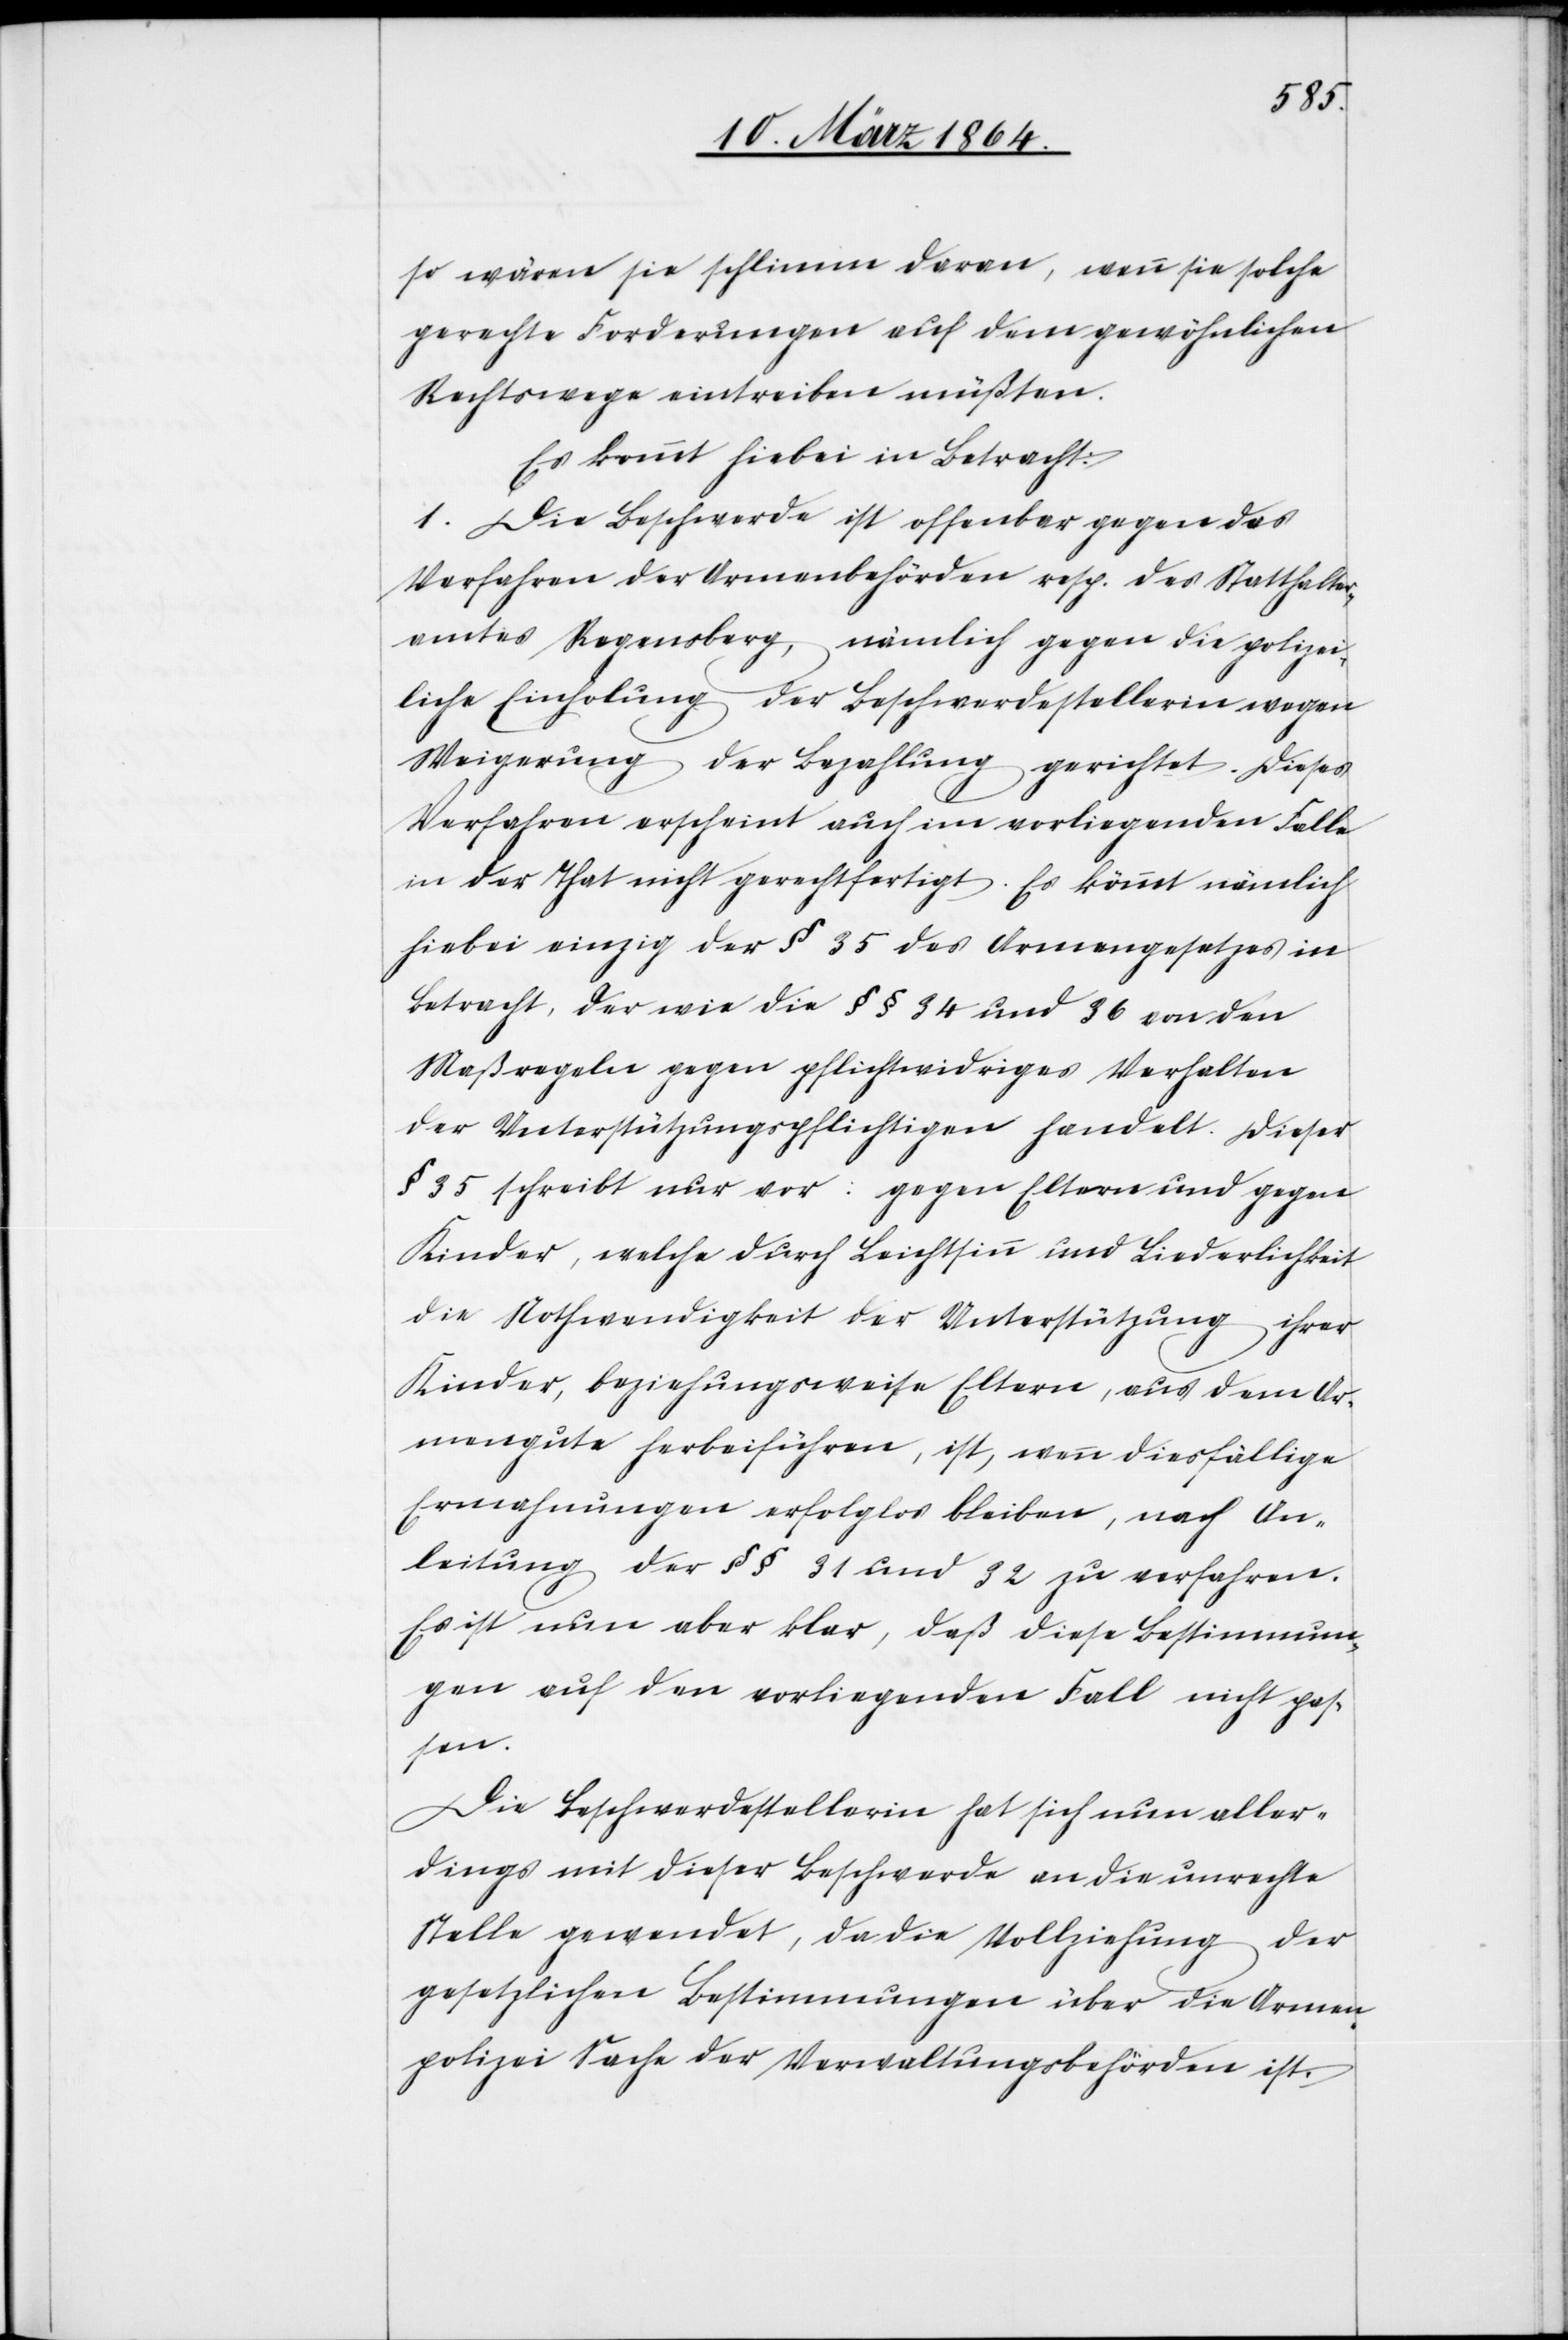
so wären sie schlimm daran, wenn sie solche
gerechte Forderungen auf dem gewöhnlichen
Rechtswege eintreiben müßten.
Es kommt hiebei in Betracht:
1. Die Beschwerde ist offenbar gegen das
Verfahren der Armenbehörden resp. des Statthalter¬
amtes Regensberg, nämlich gegen die polizei¬
liche Einholung der Beschwerdestellerin wegen
Weigerung der Bezahlung gerichtet. Dieses
Verfahren erscheint auch im vorliegenden Falle
in der That nicht gerechtfertigt. Es kömmt nämlich
hiebei einzig der § 35 des Armengesetzes in
Betracht, der wie die §§ 34 und 36 von den
Maßregeln gegen pflichtwidriges Verhalten
der Unterstützungspflichtigen handelt. Dieser
§ 35 schreibt nur vor: gegen Eltern und gegen
Kinder, welche durch Leichtsinn und Liederlichkeit
die Nothwendigkeit der Unterstützung ihrer
Kinder, beziehungsweise Eltern, aus dem Ar¬
mengute herbeiführen, ist, wenn diesfällige
Ermahnungen erfolglos bleiben, nach An¬
leitung der §§ 31 und 32 zu verfahren.
Es ist nun aber klar, daß diese Bestimmun¬
gen auf den vorliegenden Fall nicht pas¬
sen.
Die Beschwerdestellerin hat sich nun aller¬
dings mit dieser Beschwerde an die unrechte
Stelle gewendet, da die Vollziehung der
gesetzlichen Bestimmungen über die Armen¬
polizei Sache der Verwaltungsbehörden ist.